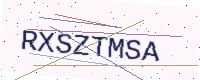
Text: RXSZTMSA